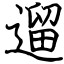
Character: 遛